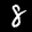
Label: 8